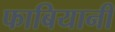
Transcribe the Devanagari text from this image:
फाबियानी